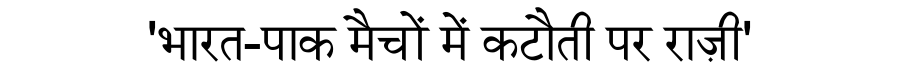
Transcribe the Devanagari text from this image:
'भारत-पाक मैचों में कटौती पर राज़ी'